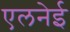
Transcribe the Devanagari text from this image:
एलनेई